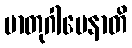
မာတုဂါမေနာတိ